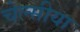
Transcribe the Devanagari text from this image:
चेल्सीया